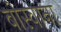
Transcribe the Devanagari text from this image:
बोस्वाना